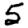
Digit: 5